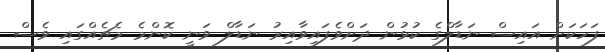
ފަހަކަށް އައިސް ނަޑާލްގެ ކުޅުން ދަށްވެފައިވާއިރު ނަޑާލް ވަނީ ކޮންމެ މެޗެއްގައި ވެސް